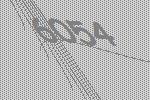
6054